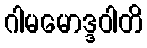
ဂါမမောဒ္ဒဝါတိ